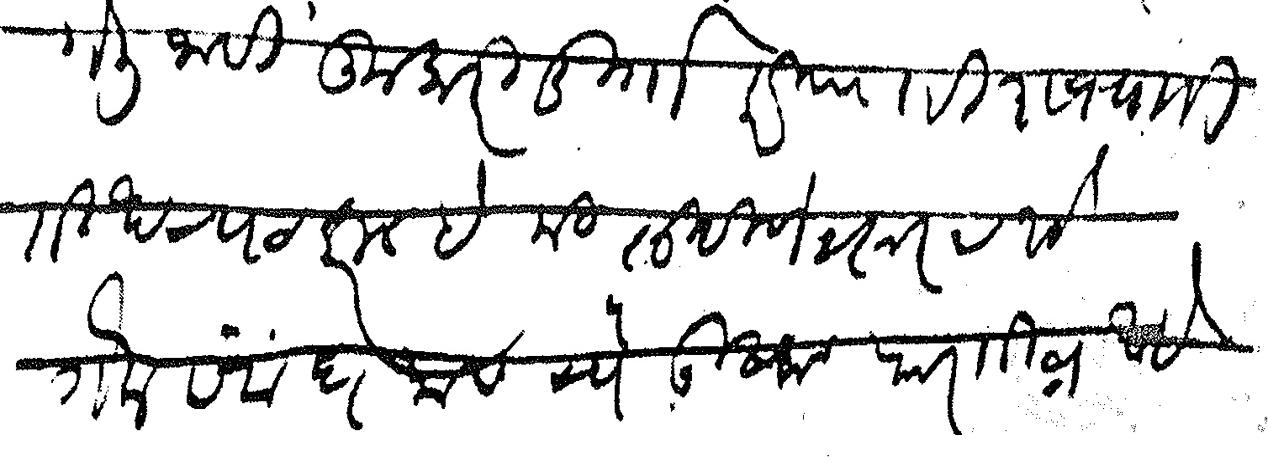
Transliteration (Devanagari): गेली नाही कुमारी दुर्गा करिताही शक्य ती ती खटपट करीन हे मी लिहिणे जरूरच आहे गेले सबंध मास येथे उष्मा फार तीव्र आहे